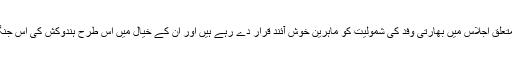
تجزیہ نگار ماسکو میں ہونے والے افغان امن مذاکرات سے متعلق اجلاس میں بھارتی وفد کی شمولیت کو ماہرین خوش آئند قرار دے رہے ہیں اور ان کے خیال میں اس طرح ہندوکش کی اس جنگ زدہ ریاست میں امن کی فضا قائم کرنے میں مدد ملے گی۔